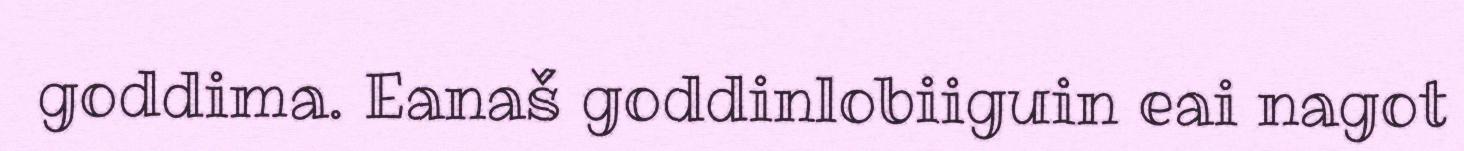
goddima. Eanaš goddinlobiiguin eai nagot